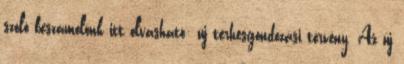
szóló beszámolónk itt olvasható: új terhesgondozási törvény. Az új